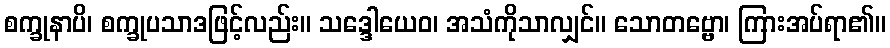
စက္ခုနာပိ၊ စက္ခုပသာဒဖြင့်လည်း။ သဒ္ဒေါယေဝ၊ အသံကိုသာလျှင်။ သောတဗ္ဗော၊ ကြားအပ်ရာ၏။